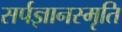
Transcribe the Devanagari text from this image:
सर्पज्ञानस्मृति